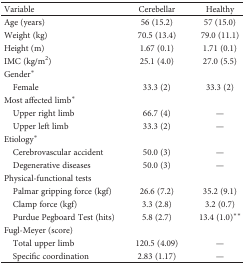
<table><thead><tr><td><b>Variable</b></td><td><b>Cerebellar</b></td><td><b>Healthy</b></td></tr></thead><tbody><tr><td>Age (years)</td><td>56 (15.2)</td><td>57 (15.0)</td></tr><tr><td>Weight (kg)</td><td>70.5 (13.4)</td><td>79.0 (11.1)</td></tr><tr><td>Height (m)</td><td>1.67 (0.1)</td><td>1.71 (0.1)</td></tr><tr><td>IMC (kg/m<sup>2</sup>)</td><td>25.1 (4.0)</td><td>27.0 (5.5)</td></tr><tr><td colspan="3">Gender<sup>∗</sup></td></tr><tr><td> Female</td><td>33.3 (2)</td><td>33.3 (2)</td></tr><tr><td colspan="3">Most affected limb<sup>∗</sup></td></tr><tr><td> Upper right limb</td><td>66.7 (4)</td><td>—</td></tr><tr><td> Upper left limb</td><td>33.3 (2)</td><td>—</td></tr><tr><td colspan="3">Etiology<sup>∗</sup></td></tr><tr><td> Cerebrovascular accident</td><td>50.0 (3)</td><td>—</td></tr><tr><td> Degenerative diseases</td><td>50.0 (3)</td><td>—</td></tr><tr><td colspan="3">Physical-functional tests</td></tr><tr><td> Palmar gripping force (kgf)</td><td>26.6 (7.2)</td><td>35.2 (9.1)</td></tr><tr><td> Clamp force (kgf)</td><td>3.3 (2.8)</td><td>3.2 (0.7)</td></tr><tr><td> Purdue Pegboard Test (hits)</td><td>5.8 (2.7)</td><td>13.4 (1.0)<sup>∗∗</sup></td></tr><tr><td colspan="3">Fugl-Meyer (score)</td></tr><tr><td> Total upper limb</td><td>120.5 (4.09)</td><td>—</td></tr><tr><td> Specific coordination</td><td>2.83 (1.17)</td><td>—</td></tr></tbody></table>